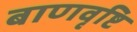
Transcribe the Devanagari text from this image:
बाणवृष्टि